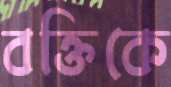
বক্তিকে